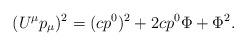
LaTeX: \begin{align*} (U^\mu p_\mu)^2=(cp^0)^2+2cp^0\Phi+\Phi^2. \end{align*}